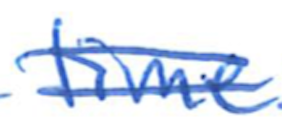
Text: time
Cross-out: double-line
Writing tool: ballpoint